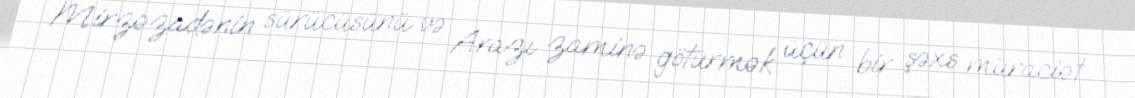
Mirzəzadənin sürücüsünü və Arazı zaminə götürmək üçün bir şəxs müraciət